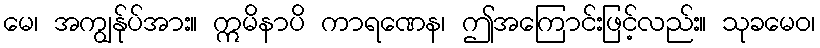
မေ၊ အကျွန်ုပ်အား။ ဣမိနာပိ ကာရဏေန၊ ဤအကြောင်းဖြင့်လည်း။ သုခမေဝ၊